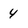
Character: 4